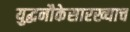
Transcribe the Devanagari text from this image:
युद्धनौकेसारख्याच